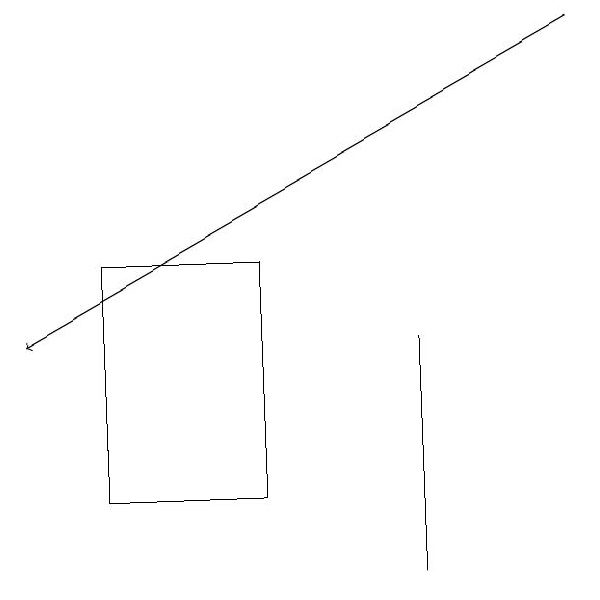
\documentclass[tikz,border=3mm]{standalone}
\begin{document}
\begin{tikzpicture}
\draw[->] (8,19) -- (1,15);
\draw (4,13) rectangle (2,16);
\draw (6,15) rectangle (6,12);
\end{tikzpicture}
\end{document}